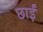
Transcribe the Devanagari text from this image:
छाईं